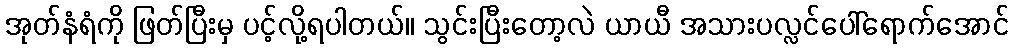
အုတ်နံရံကို ဖြတ်ပြီးမှ ပင့်လို့ရပါတယ်။ သွင်းပြီးတော့လဲ ယာယီ အသားပလ္လင်ပေါ်ရောက်အောင်